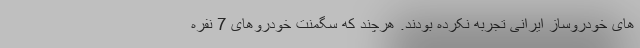
های خودروساز ایرانی تجربه نکرده بودند. هرچند که سگمنت خودروهای 7 نفره